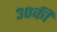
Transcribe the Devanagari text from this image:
३०की